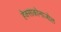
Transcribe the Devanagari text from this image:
हेक्‍साकोनाजोल